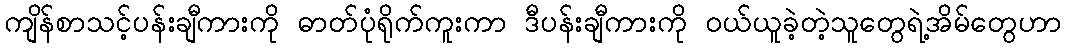
ကျိန်စာသင့်ပန်းချီကားကို ဓာတ်ပုံရိုက်ကူးကာ ဒီပန်းချီကားကို ဝယ်ယူခဲ့တဲ့သူတွေရဲ့အိမ်တွေဟာ